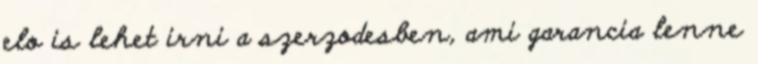
elo is lehet irni a szerzodesben, ami garancia lenne